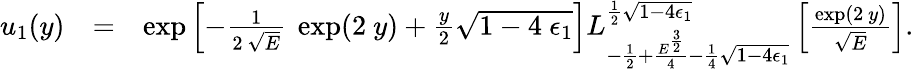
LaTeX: \begin{array}{rlr}{u_{1}(y)}&{=}&{\exp\left[-\frac{1}{2~\sqrt{E}}~\exp(2~y)+\frac{y}{2}\sqrt{1-4~\epsilon_{1}}\right]L_{-\frac{1}{2}+\frac{E^{\frac{3}{2}}}{4}-\frac{1}{4}\sqrt{1-4\epsilon_{1}}}^{\frac{1}{2}\sqrt{1-4\epsilon_{1}}}\left[\frac{\exp(2~y)}{\sqrt{E}}\right].}\end{array}